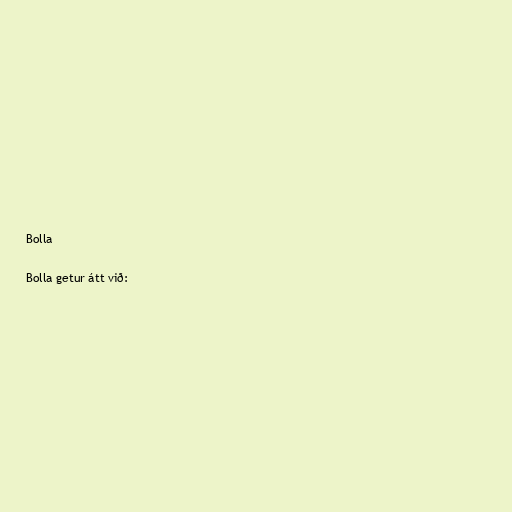
Bolla

Bolla getur átt við: